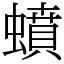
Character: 蟦